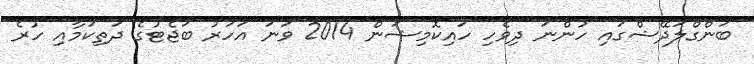
ބަންގްލަދޭޝްގައި ހުންނަ ދިވެހި ހައިކޮމިޝަން 2014 ވަނަ އަހަރު ބަޖެޓުގެ ދަތިކަމާއި ހުރެ